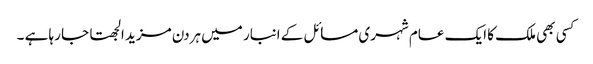
کسی بھی ملک کا ایک عام شہری مسائل کے انبار میں ہردن مزید الجھتا جا رہا ہے ۔